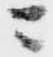
ニ